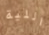
اللية